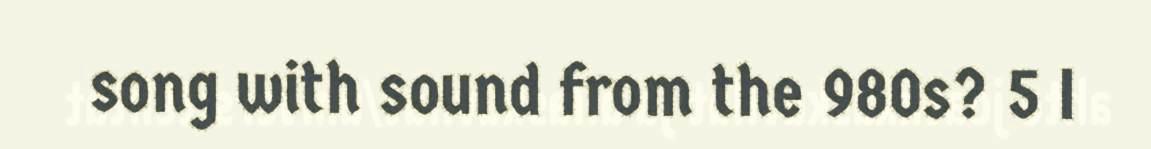
song with sound from the 980s? 5 I